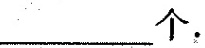
___个.